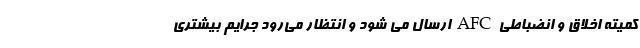
کمیته اخلاق و انضباطی AFC ارسال می شود و انتظار می‌رود جرایم بیشتری